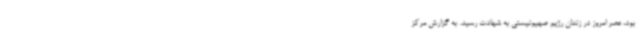
بود، عصر امروز در زندان رژیم صهیونیستی به شهادت رسید. به گزارش مرکز